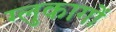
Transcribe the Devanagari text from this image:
ग्लुकागों